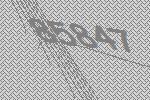
85847